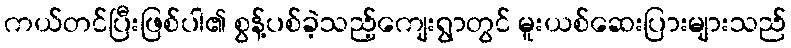
ကယ်တင်ပြီးဖြစ်ပါ၏ စွန့်ပစ်ခဲ့သည့်ကျေးရွာတွင် မူးယစ်ဆေးပြားများသည်